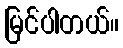
မြင်ပါတယ်။